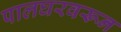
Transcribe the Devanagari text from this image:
पालघरवरून